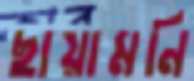
ছায়ামনি